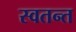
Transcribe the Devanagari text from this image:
स्वतन्त